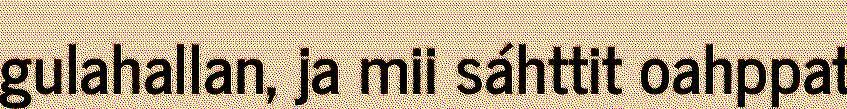
gulahallan, ja mii sáhttit oahppat